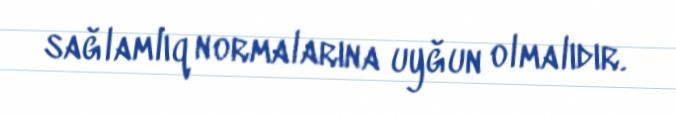
sağlamlıq normalarına uyğun olmalıdır.